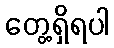
တွေ့ရှိရပါ